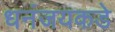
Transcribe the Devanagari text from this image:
धनंजयकडे